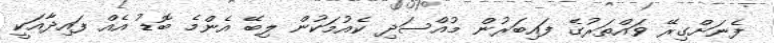
ފެނަށްގިރޭ ވައްތަރުގެ ފައިބަރުން މުއްސަދި ކެއުމަކުން ލިބޭ އެންމެ ބޮޑު އެއް ފައިދާއަކީ